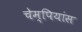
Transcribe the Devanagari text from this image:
चेम्पियांस